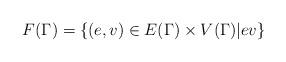
LaTeX: \begin{align*}F(\Gamma)=\{(e,v)\in E(\Gamma)\times V(\Gamma)| e v\}\end{align*}